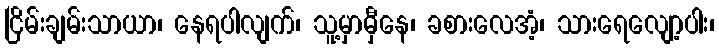
ငြိမ်းချမ်းသာယာ၊ နေရပါလျက်၊ သူ့မှာမှီနေ၊ ခစားလေအံ့၊ သားရေလျော့ပါး၊